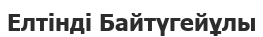
Елтінді Байтүгейұлы